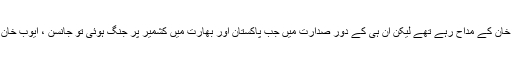
لنڈن جانسن ایوب خان کے مداح رہے تھے لیکن ان ہی کے دورِ صدارت میں جب پاکستان اور بھارت میں کشمیر پر جنگ ہوئی تو جانسن ، ایوب خان سے دور ہوگئے۔